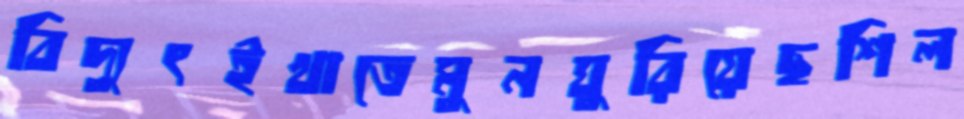
বিদ্যুৎইখাতেমুনঘুরিয়েছশিল